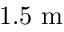
\mathrm { 1 . 5 ~ m }